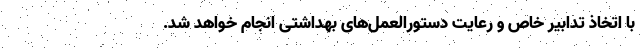
با اتخاذ تدابیر خاص و رعایت دستورالعمل‌های بهداشتی انجام خواهد شد.